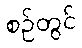
စဉ်တွင်